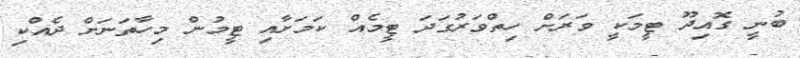
ބުނީ ގޮއިދޫ ޓީމަކީ ވަރަށް ހިތްވަރުގަދަ ޓީމެއް ކަމަށާއި ޓީމުން މިހާތަނަށް ދެއްކި